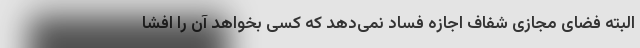
البته فضای مجازی شفاف اجازه فساد نمی‌دهد که کسی بخواهد آن را افشا